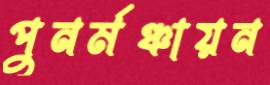
পুনর্মঞ্চায়ন